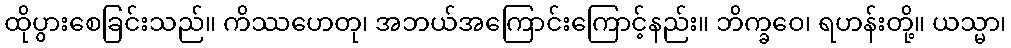
ထိုပွားစေခြင်းသည်။ ကိဿဟေတု၊ အဘယ်အကြောင်းကြောင့်နည်း။ ဘိက္ခဝေ၊ ရဟန်းတို့။ ယသ္မာ၊